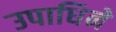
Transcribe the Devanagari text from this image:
उपाधिने